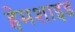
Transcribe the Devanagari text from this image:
हेमशाइड